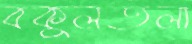
বকুলতলা